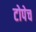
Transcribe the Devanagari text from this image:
टोपेच